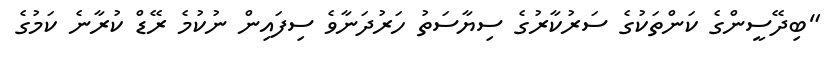
"ބިދޭސީންގެ ކަންތަކުގެ ސަރުކާރުގެ ސިޔާސަތު ހަރުދަނާވެ ސިފައިން ނުކުމެ ރޭޑް ކުރާނެ ކަމުގެ